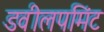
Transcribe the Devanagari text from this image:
डवीलपमिंट